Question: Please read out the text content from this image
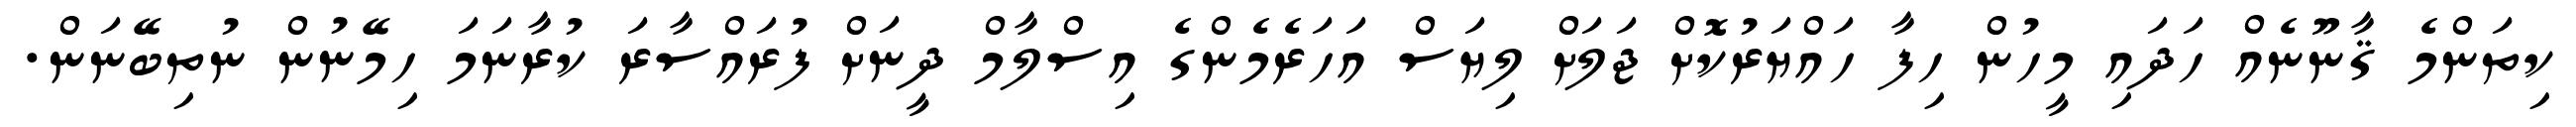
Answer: ކިތަންމެ ޤާނޫނެއް ހަދައި މީހުން ހިފާ ހައްޔަރުކޮށް ޖަލަށް ލިޔަސް އަހަރެމެންގެ އިސްލާމް ދީނަށް ފުރައްސާރަ ކުރާނަމަ ހިމޭނުން ނުތިބޭނަން.